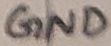
Text: GND